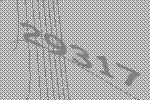
29317